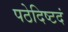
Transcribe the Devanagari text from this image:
पठेदिष्टदं